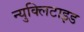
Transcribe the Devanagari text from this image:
न्युक्लिटाइड